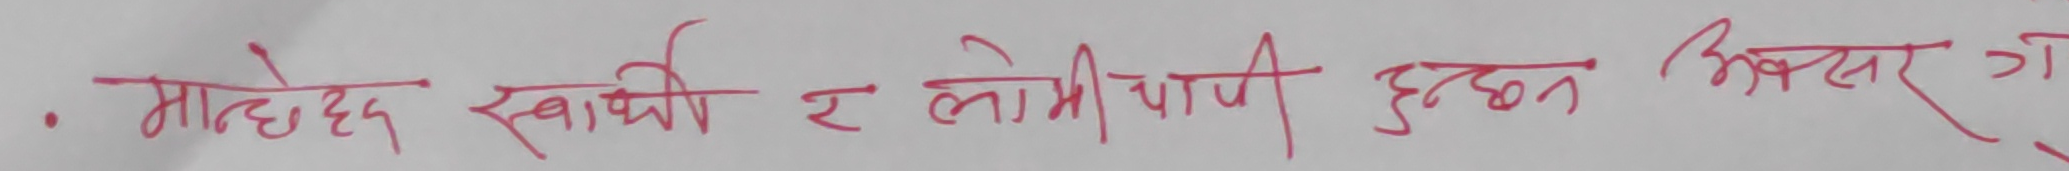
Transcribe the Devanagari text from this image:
- मान्छेहरु स्वार्थी र लोभीपापी हुन् भिकस गरि